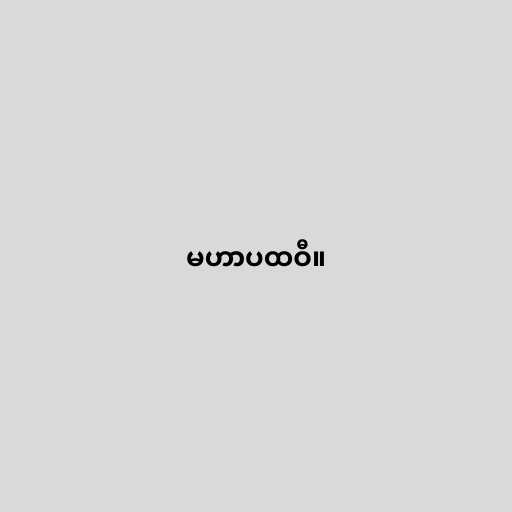
မဟာပထဝီ။